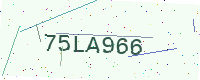
Text: 75LA966